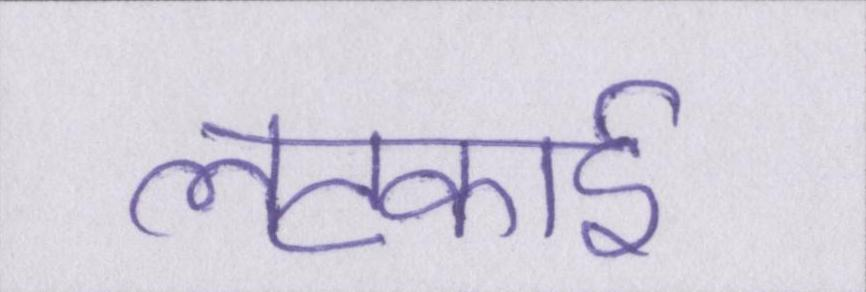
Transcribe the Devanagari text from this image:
लटकाई